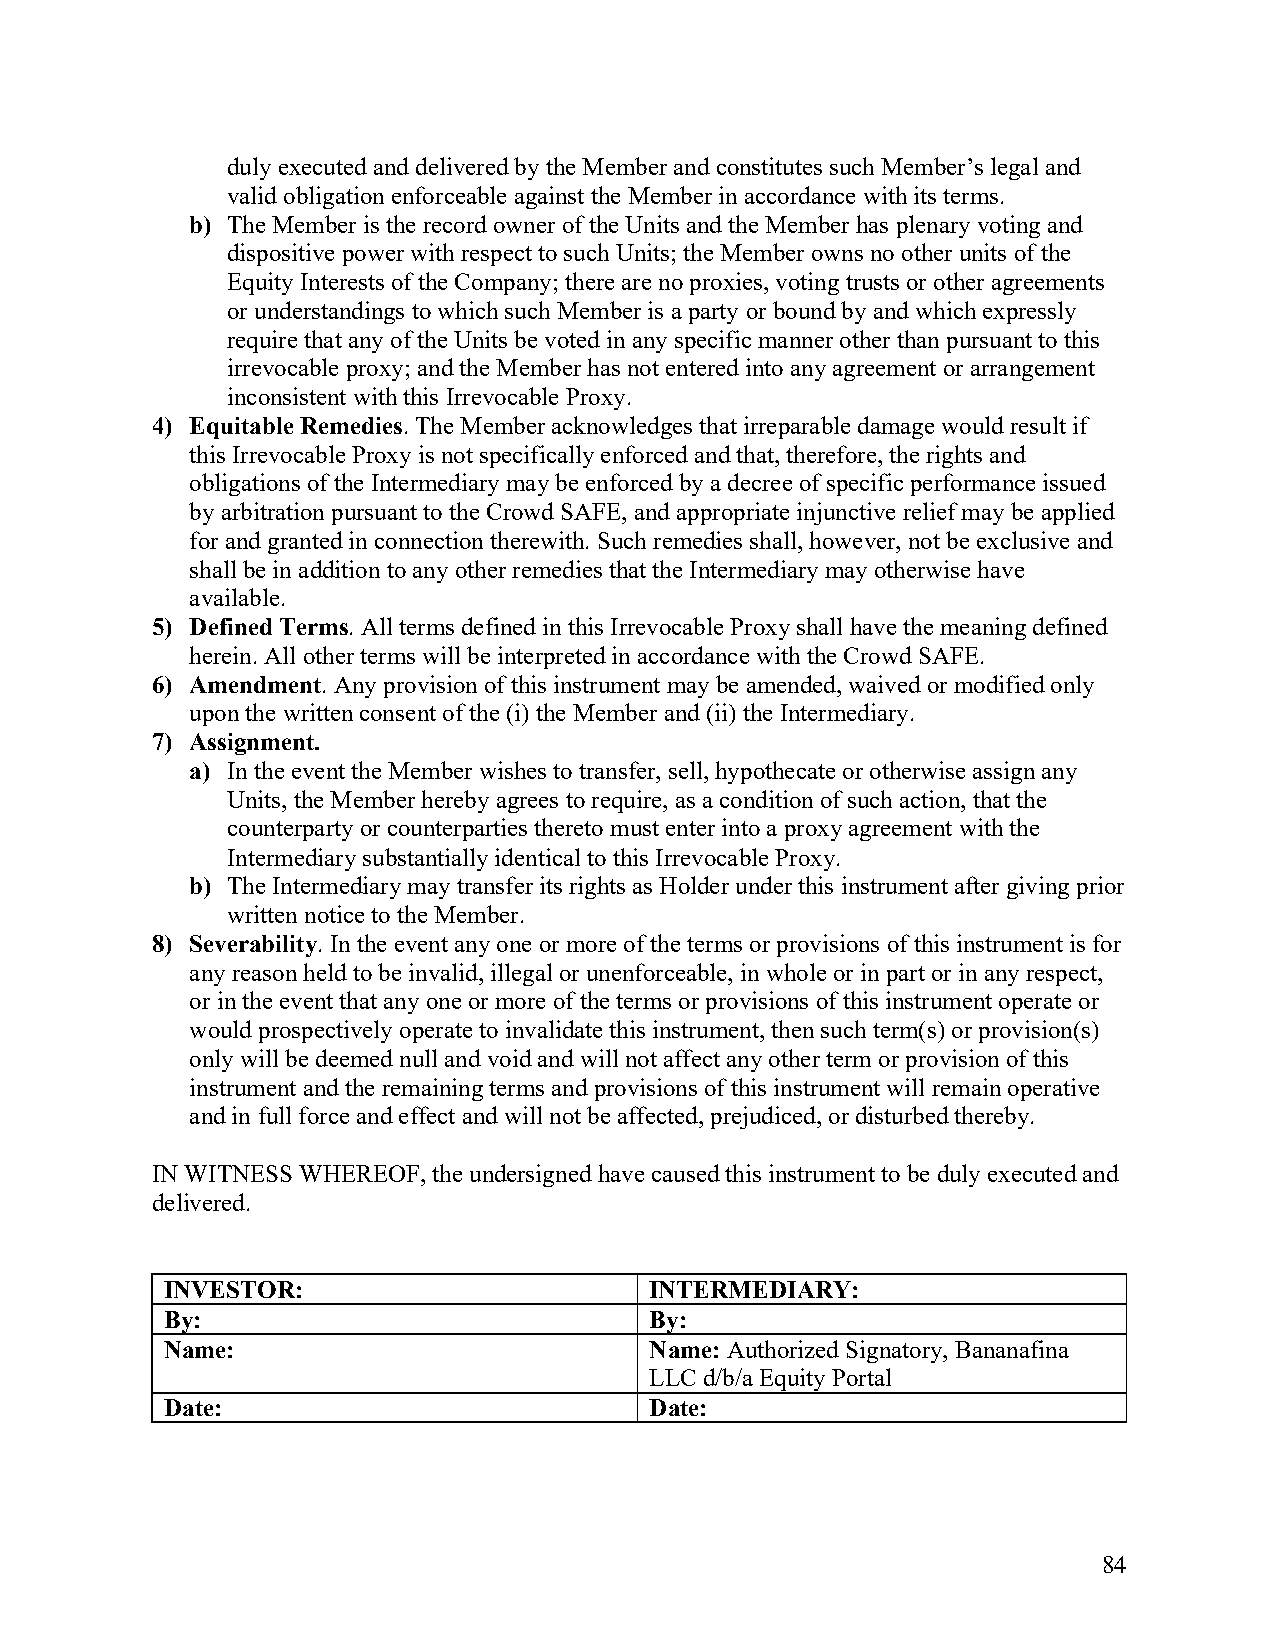
duly executed and delivered by the Member and constitutes such Member’s legal and
 valid obligation enforceable against the Member in accordance with its terms.
 b) The Member is the record owner of the Units and the Member has plenary voting and
 dispositive power with respect to such Units; the Member owns no other units of the
 Equity Interests of the Company; there are no proxies, voting trusts or other agreements
 or understandings to which such Member is a party or bound by and which expressly
 require that any of the Units be voted in any specific manner other than pursuant to this
 irrevocable proxy; and the Member has not entered into any agreement or arrangement
 inconsistent with this Irrevocable Proxy.
 4) Equitable Remedies. The Member acknowledges that irreparable damage would result if
 this Irrevocable Proxy is not specifically enforced and that, therefore, the rights and
 obligations of the Intermediary may be enforced by a decree of specific performance issued
 by arbitration pursuant to the Crowd SAFE, and appropriate injunctive relief may be applied
 for and granted in connection therewith. Such remedies shall, however, not be exclusive and
 shall be in addition to any other remedies that the Intermediary may otherwise have
 available.
 5) Defined Terms. All terms defined in this Irrevocable Proxy shall have the meaning defined
 herein. All other terms will be interpreted in accordance with the Crowd SAFE.
 6) Amendment. Any provision of this instrument may be amended, waived or modified only
 upon the written consent of the (i) the Member and (ii) the Intermediary.
 7) Assignment.
 a) In the event the Member wishes to transfer, sell, hypothecate or otherwise assign any
 Units, the Member hereby agrees to require, as a condition of such action, that the
 counterparty or counterparties thereto must enter into a proxy agreement with the
 Intermediary substantially identical to this Irrevocable Proxy.
 b) The Intermediary may transfer its rights as Holder under this instrument after giving prior
 written notice to the Member.
 8) Severability. In the event any one or more of the terms or provisions of this instrument is for
 any reason held to be invalid, illegal or unenforceable, in whole or in part or in any respect,
 or in the event that any one or more of the terms or provisions of this instrument operate or
 would prospectively operate to invalidate this instrument, then such term(s) or provision(s)
 only will be deemed null and void and will not affect any other term or provision of this
 instrument and the remaining terms and provisions of this instrument will remain operative
 and in full force and effect and will not be affected, prejudiced, or disturbed thereby.
 IN WITNESS WHEREOF, the undersigned have caused this instrument to be duly executed and
 delivered.
 INVESTOR:                       INTERMEDIARY:
 By:                             By:
 Name:                           Name: Authorized Signatory, Bananafina
 LLC d/b/a Equity Portal
 Date:                           Date:
 84